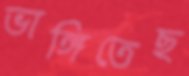
ভাঙ্গিতেছ